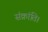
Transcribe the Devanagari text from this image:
संक्रांति।